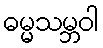
ဓမ္မသမ္ဘဝါ